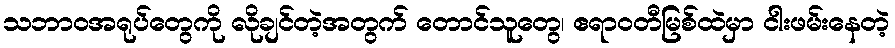
သဘာဝအရုပ်တွေကို လိုချင်တဲ့အတွက် တောင်သူတွေ၊ ဧရာဝတီမြစ်ထဲမှာ ငါးဖမ်းနေတဲ့